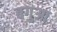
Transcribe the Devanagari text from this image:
बगुआ